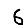
Digit: 6